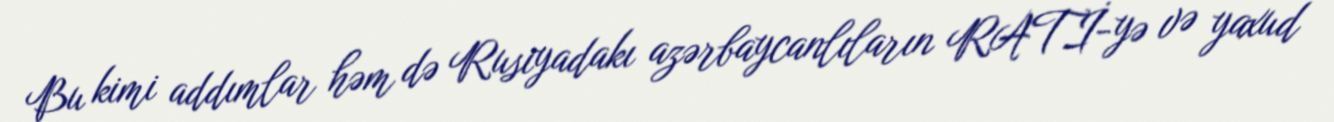
Bu kimi addımlar həm də Rusiyadakı azərbaycanlıların RATİ-yə və yaxud